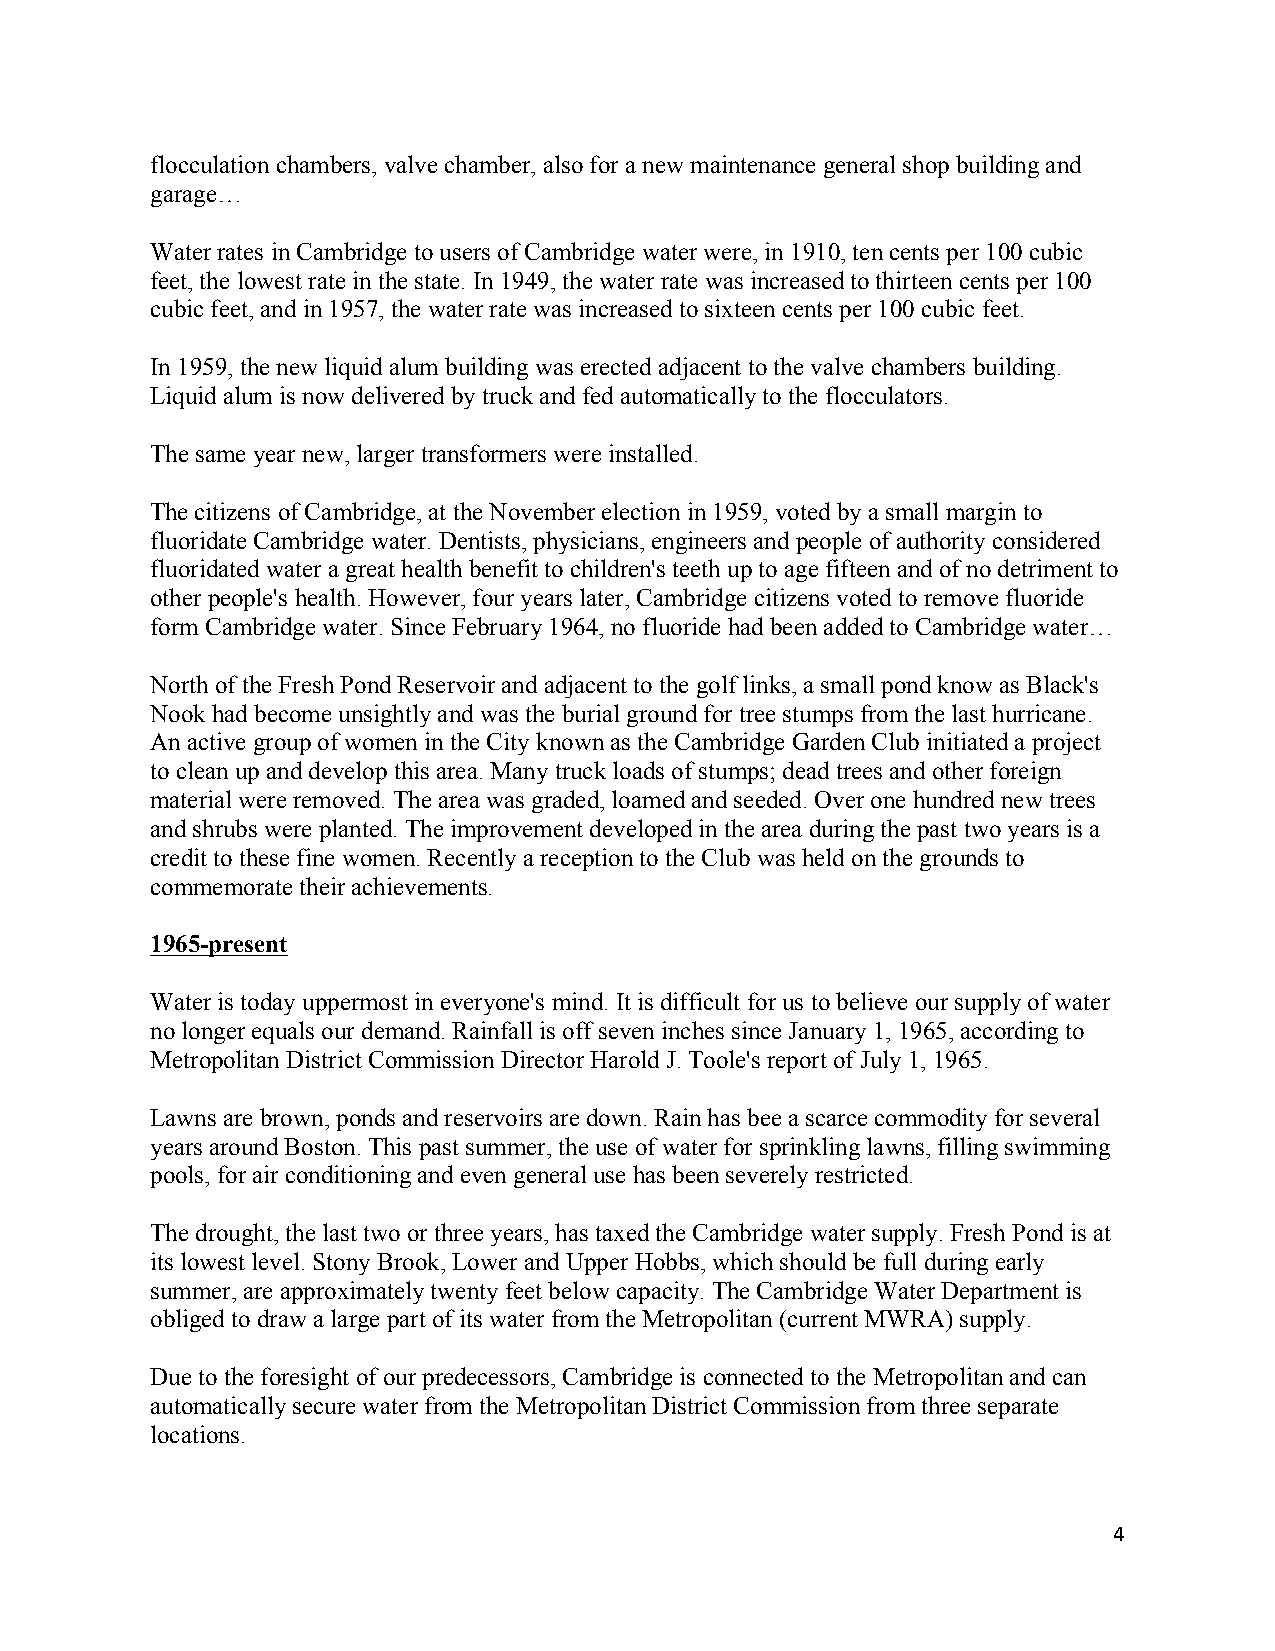
flocculation chambers, valve chamber, also for a new maintenance general shop building and
 garage…
 Water rates in Cambridge to users of Cambridge water were, in 1910, ten cents per 100 cubic
 feet, the lowest rate in the state. In 1949, the water rate was increased to thirteen cents per 100
 cubic feet, and in 1957, the water rate was increased to sixteen cents per 100 cubic feet.
 In 1959, the new liquid alum building was erected adjacent to the valve chambers building.
 Liquid alum is now delivered by truck and fed automatically to the flocculators.
 The same year new, larger transformers were installed.
 The citizens of Cambridge, at the November election in 1959, voted by a small margin to
 fluoridate Cambridge water. Dentists, physicians, engineers and people of authority considered
 fluoridated water a great health benefit to children's teeth up to age fifteen and of no detriment to
 other people's health. However, four years later, Cambridge citizens voted to remove fluoride
 form Cambridge water. Since February 1964, no fluoride had been added to Cambridge water…
 North of the Fresh Pond Reservoir and adjacent to the golf links, a small pond know as Black's
 Nook had become unsightly and was the burial ground for tree stumps from the last hurricane.
 An active group of women in the City known as the Cambridge Garden Club initiated a project
 to clean up and develop this area. Many truck loads of stumps; dead trees and other foreign
 material were removed. The area was graded, loamed and seeded. Over one hundred new trees
 and shrubs were planted. The improvement developed in the area during the past two years is a
 credit to these fine women. Recently a reception to the Club was held on the grounds to
 commemorate their achievements.
 1965-present
 Water is today uppermost in everyone's mind. It is difficult for us to believe our supply of water
 no longer equals our demand. Rainfall is off seven inches since January 1, 1965, according to
 Metropolitan District Commission Director Harold J. Toole's report of July 1, 1965.
 Lawns are brown, ponds and reservoirs are down. Rain has bee a scarce commodity for several
 years around Boston. This past summer, the use of water for sprinkling lawns, filling swimming
 pools, for air conditioning and even general use has been severely restricted.
 The drought, the last two or three years, has taxed the Cambridge water supply. Fresh Pond is at
 its lowest level. Stony Brook, Lower and Upper Hobbs, which should be full during early
 summer, are approximately twenty feet below capacity. The Cambridge Water Department is
 obliged to draw a large part of its water from the Metropolitan (current MWRA) supply.
 Due to the foresight of our predecessors, Cambridge is connected to the Metropolitan and can
 automatically secure water from the Metropolitan District Commission from three separate
 locations.
 4